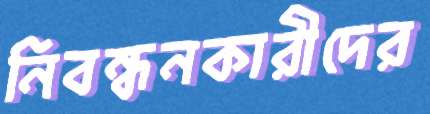
নিবন্ধনকারীদের